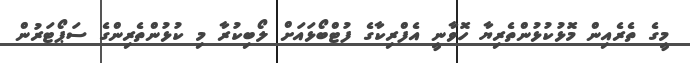
މީގެ ތެރެއިން މޮޅުކުޅުންތެރިޔާ ހޮވާނީ އެފްރިކާގެ ފުޓްބޯޅައަށް ލޯބިކުރާ މި ކުޅުންތެރިންގެ ސަޕޯޓަރުން